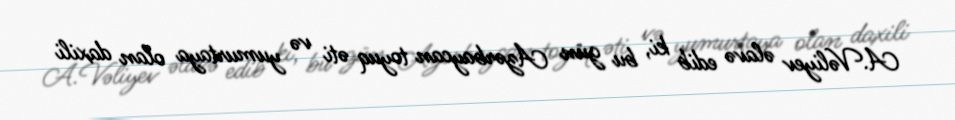
A.Vəliyev əlavə edib ki, bu gün Azərbaycan toyuq əti və yumurtaya olan daxili